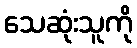
သေဆုံးသူကို